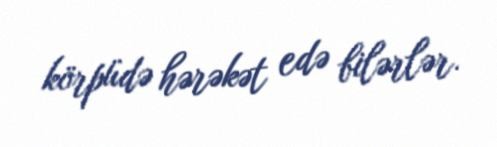
körpüdə hərəkət edə bilərlər.